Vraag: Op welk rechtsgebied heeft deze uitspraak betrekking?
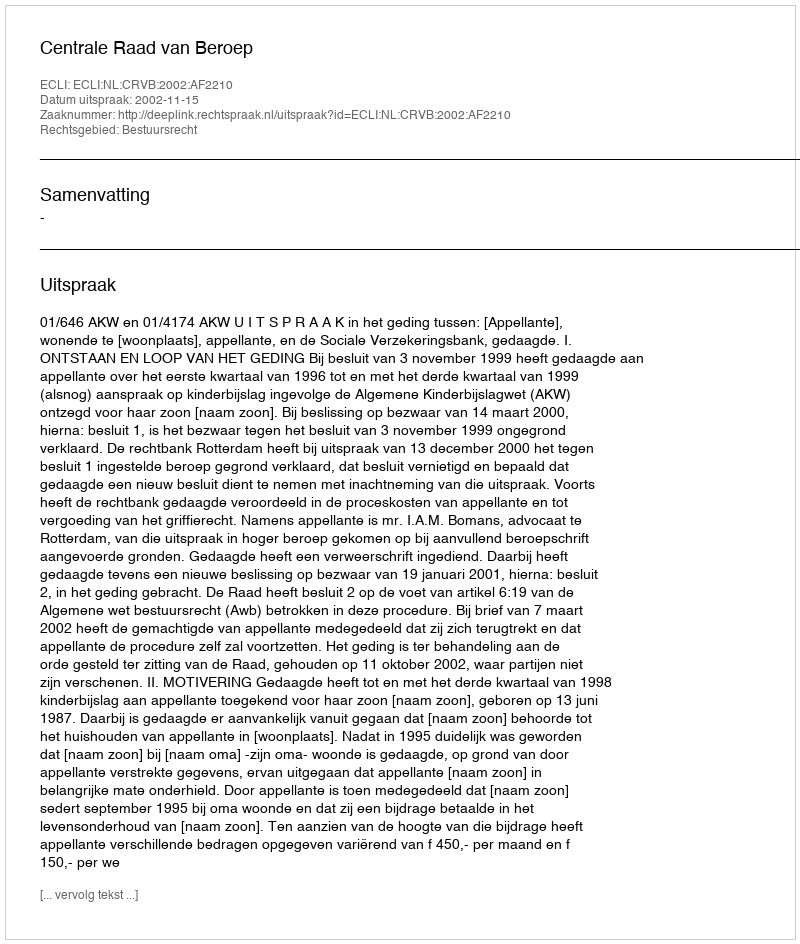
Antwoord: Bestuursrecht